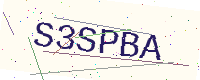
Text: S3SPBA